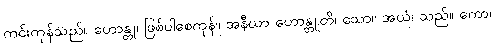
ကင်းကုန်သည်။ ဟောန္တု၊ ဖြစ်ပါစေကုန်။ အနီဃာ ဟောန္တူတိ၊ သော။ အယံ၊ သည်။ ကော၊